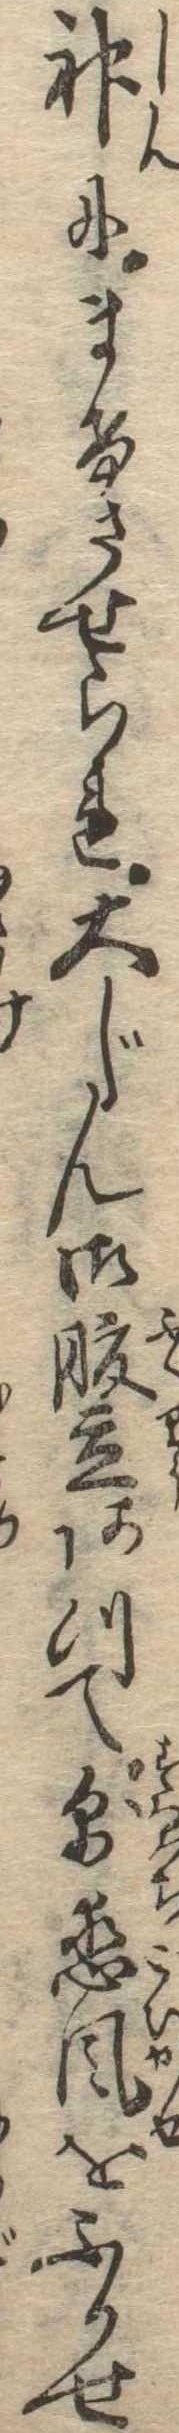
神にまけさせられ大じん御腹立あつて則恋風をふかせ